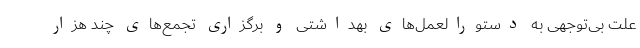
علت بی‌توجهی به دستورالعمل‌های بهداشتی و برگزاری تجمع‌های چند هزار